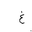
Letter: _gayn